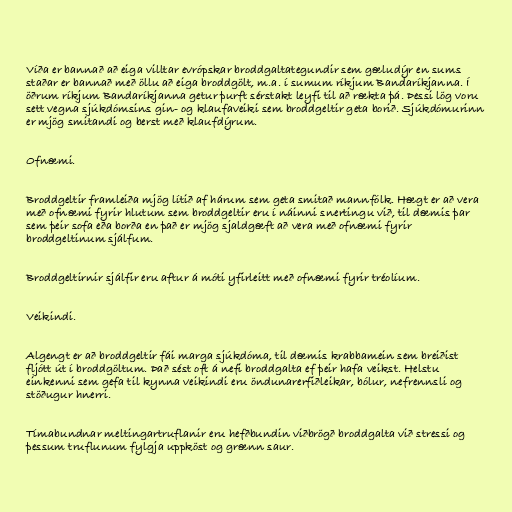
Víða er bannað að eiga villtar evrópskar broddgaltategundir sem gæludýr en sums
staðar er bannað með öllu að eiga broddgölt, m.a. í sumum ríkjum Bandaríkjanna. Í
öðrum ríkjum Bandaríkjanna getur þurft sérstakt leyfi til að rækta þá. Þessi lög voru
sett vegna sjúkdómsins gin- og klaufaveiki sem broddgeltir geta borið. Sjúkdómurinn
er mjög smitandi og berst með klaufdýrum.

Ofnæmi.

Broddgeltir framleiða mjög lítið af hárum sem geta smitað mannfólk. Hægt er að vera
með ofnæmi fyrir hlutum sem broddgeltir eru í náinni snertingu við, til dæmis þar
sem þeir sofa eða borða en það er mjög sjaldgæft að vera með ofnæmi fyrir
broddgeltinum sjálfum.

Broddgeltirnir sjálfir eru aftur á móti yfirleitt með ofnæmi fyrir tréolíum.

Veikindi.

Algengt er að broddgeltir fái marga sjúkdóma, til dæmis krabbamein sem breiðist
fljótt út í broddgöltum. Það sést oft á nefi broddgalta ef þeir hafa veikst. Helstu
einkenni sem gefa til kynna veikindi eru öndunarerfiðleikar, bólur, nefrennsli og
stöðugur hnerri.

Tímabundnar meltingartruflanir eru hefðbundin viðbrögð broddgalta við stressi og
þessum truflunum fylgja uppköst og grænn saur.